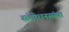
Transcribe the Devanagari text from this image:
संशोधनसंस्था